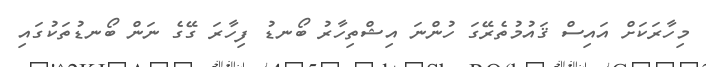
މިހާރަކަށް އައިސް ޤައުމުތެރޭގަ ހުންނަ އިޝްތިހާރު ބޯނޑު ފިހާރަ ގޭގެ ނަން ބޯނޑުތަކުގައި